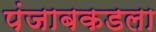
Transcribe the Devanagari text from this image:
पंजाबकडला